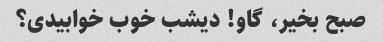
صبح بخیر، گاو! دیشب خوب خوابیدی؟